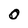
Character: 0